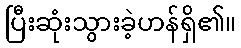
ပြီးဆုံးသွားခဲ့ဟန်ရှိ၏။